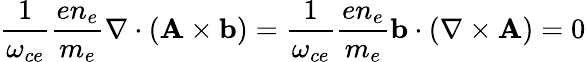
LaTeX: \frac{1}{\omega_{ce}}{\frac{en_{e}}{m_{e}}\nabla\cdot({\mathbf A}\times{\mathbf b}})=\frac{1}{\omega_{ce}}{\frac{en_{e}}{m_{e}}}{\mathbf b}\cdot(\nabla\times{\mathbf A})=0